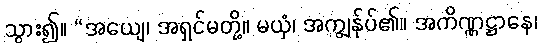
သွား၍။ “အယျေ၊ အရှင်မတို့။ မယှံ၊ အကျွန်ုပ်၏။ အကိဏ္ဏဋ္ဌာနေ၊